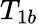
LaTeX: T_{1b}